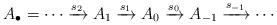
LaTeX: \begin{align*}A_{\bullet}=\cdots \xrightarrow{s_{2}} A_{1}\xrightarrow{s_{1}} A_0\xrightarrow{s_0} A_{-1}\xrightarrow{s_{-1}} \cdots\end{align*}